Calcutta medical institutions reports 1871-78
Year: 1871
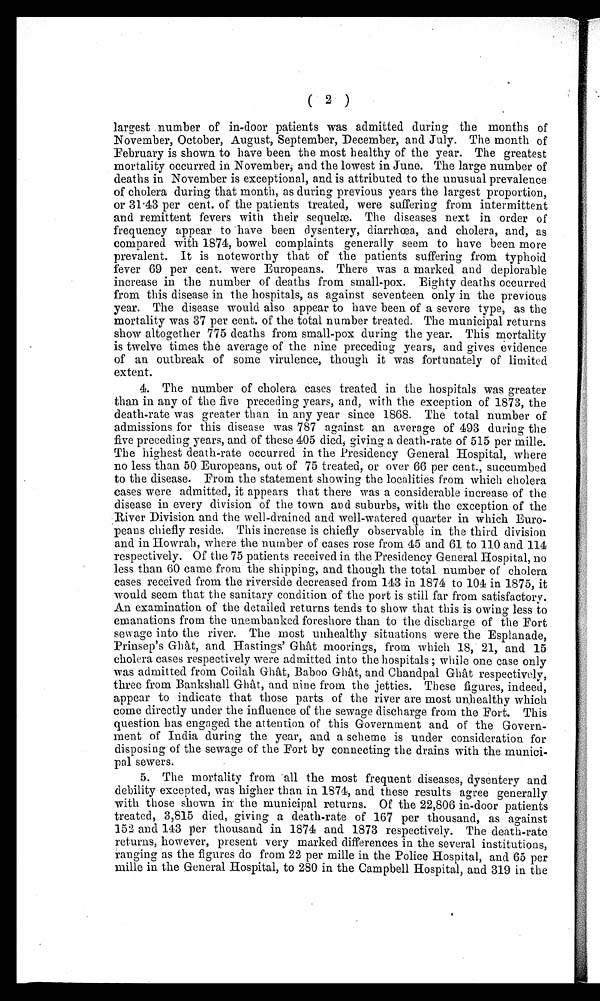
( 2 )
largest number of in-door patients was admitted during the months of
November, October, August, September, December, and July. The month of
February is shown to have been the most healthy of the year. The greatest
mortality occurred in November; and the lowest in June. The large number of
deaths in November is exceptional, and is attributed to the unusual prevalence
of cholera during that month, as during previous years the largest proportion,
o r 3 1 . 4 3 p e r c e n t . o f t h e p a t i e n t s t r e a t e d , w e r e s u f f e r i n g f r o m i n t e r m i t t e n t
and remittent fevers with their sequelæ. The diseases next in order of
frequency appear to have been dysentery, diarrhœa, and cholera, and, as
compared with 1874, bowel complaints generally seem to have been more
prevalent. It is noteworthy that of the patients suffering from typhoid
fever 69 per cent. were Europeans. There was a marked and deplorable
increase in the number of deaths from small-pox. Eighty deaths occurred
from this disease in the hospitals, as against seventeen only in the previous
year. The disease would also appear to have been of a severe type, as the
mortality was 37 per cent. of the total number treated. The municipal returns
show altogether 775 deaths from small-pox during the year. This mortality
is twelve times the average of the nine preceding years, and gives evidence
of an outbreak of some virulence, though it was fortunately of limited
extent.
4. The number of cholera cases treated in the hospitals was greater
than in any of the five preceding years, and, with the exception of 1873, the
death-rate was greater than in any year since 1868. The total number of
admissions for this disease was 787 against an average of 493 during the
five preceding years, and of these 405 died; giving a death-rate of 515 per mille.
The highest death-rate occurred in the Presidency General Hospital, where
no less than 50 Europeans, out of 75 treated, or over 66 per cent., succumbed
to the disease. From the statement showing the localities from which cholera
cases were admitted, it appears that there was a considerable increase of the
disease in every division of the town and suburbs, with the exception of the
River Division and the well-drained and well-watered quarter in which Euro-
peans chiefly reside. This increase is chiefly observable in the third division
and in Howrah, where the number of cases rose from 45 and 61 to 110 and 114
respectively. Of the 75 patients received in the Presidency General Hospital, no
less than 60 came from the shipping, and though the total number of cholera
cases received from the riverside decreased from 143 in 1874 to 104 in 1875, it
would seem that the sanitary condition of the port is still far from satisfactory.
An examination of the detailed returns tends to show that this is owing less to
emanations from the unembanked foreshore than to the discharge of the Fort
sewage into the river. The most unhealthy situations were the Esplanade,
Prinsep's Ghât, and Hastings' Ghât moorings, from which 18, 21, and 15
cholera cases respectively were admitted into the hospitals ; while one case only
was admitted from Coilah Ghât, Baboo Ghât, and Chandpal Ghât respectively,
three from Bankshall Ghât, and nine from the jetties. These figures, indeed,
appear to indicate that those parts of the river are most unhealthy which
come directly under the influence of the sewage discharge from the Fort. This
question has engaged the attention of this Government and of the Govern-
ment of India during the year, and a scheme is under consideration for
disposing of the sewage of the Fort by connecting the drains with the munici-
pal sewers.
5. The mortality from -all the most frequent diseases, dysentery and
debility excepted, was higher than in 1874, and these results agree generally
with those shown in the municipal returns. Of the 22,806 in-door patients
treated, 3,815 died, giving a death-rate of 167 per thousand, as against
152 and 143 per thousand in 1874 and 1873 respectively. The death-rate
returns, however, present very marked differences in the several institutions,
ranging as the figures do from 22 per mille in the Police Hospital, and 65 per
mille in the General Hospital, to 280 in the Campbell Hospital, and 319 in the